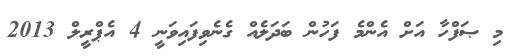
މި ޞަފްހާ އަށް އެންމެ ފަހުން ބަދަލެއް ގެނެވިފައިވަނީ 4 އެޕްރީލް 2013